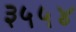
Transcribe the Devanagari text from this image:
३५५४